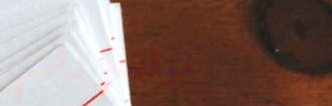
موقف رئيسي